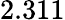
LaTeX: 2.311